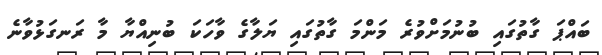
ބައްޕަ ގާތުގައި ބުނުމަށްވުރެ މަންމަ ގާތުގައި ޔަލާގެ ވާހަކަ ބުނިއްޔާ މާ ރަނގަޅުވާނެ